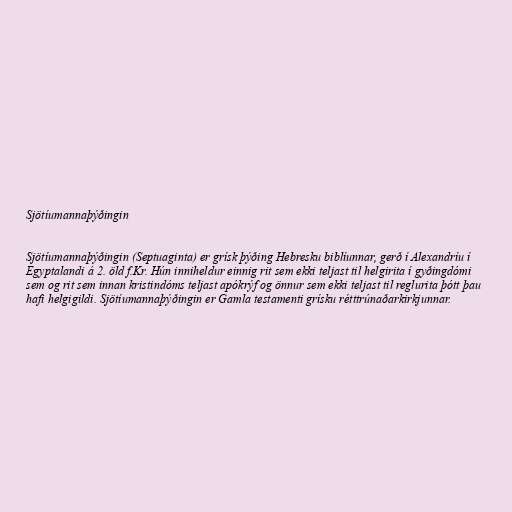
Sjötíumannaþýðingin

Sjötíumannaþýðingin (Septuaginta) er grísk þýðing Hebresku biblíunnar, gerð í Alexandríu í
Egyptalandi á 2. öld f.Kr. Hún inniheldur einnig rit sem ekki teljast til helgirita í gyðingdómi
sem og rit sem innan kristindóms teljast apókrýf og önnur sem ekki teljast til reglurita þótt þau
hafi helgigildi. Sjötíumannaþýðingin er Gamla testamenti grísku rétttrúnaðarkirkjunnar.